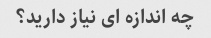
چه اندازه ای نیاز دارید؟